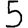
Digit: 5